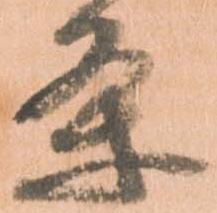
条